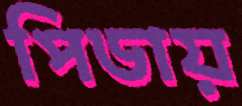
পিডায়